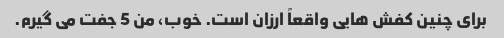
برای چنین کفش هایی واقعاً ارزان است. خوب، من 5 جفت می گیرم.